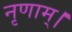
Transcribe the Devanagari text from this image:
नृणाम्‌।